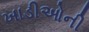
ખાડીઓની